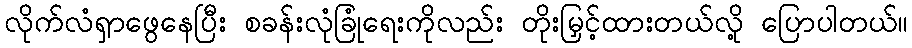
လိုက်လံရှာဖွေနေပြီး စခန်းလုံခြုံရေးကိုလည်း တိုးမြှင့်ထားတယ်လို့ ပြောပါတယ်။